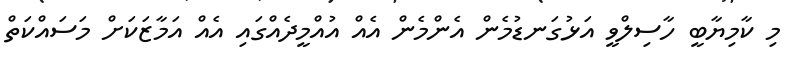
މި ކާމިޔާބީ ހާސިލްވީ އަޅުގަނޑުމެން އެންމެން އެއް އުއްމީދެއްގައި އެއް އަމާޒަކަށް މަސައްކަތް